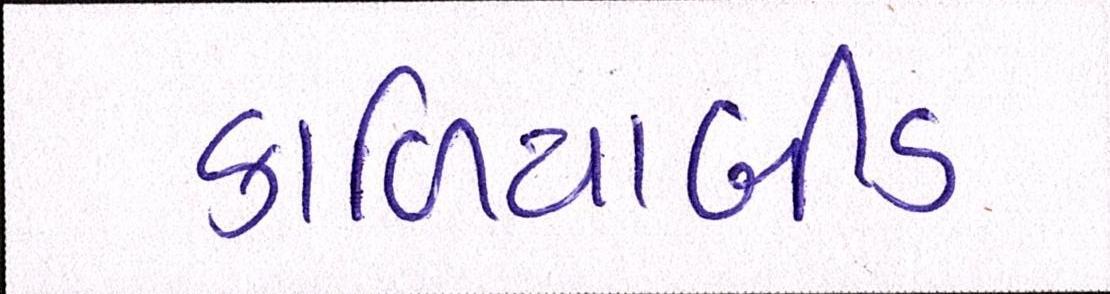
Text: કાળિયાબીડ